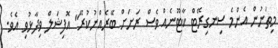
މިތަނުން އެންމެ ސިނގިރޭޓް ކާޓޫނެއް ވެސް ރަށަށް ބޭރެއްނުކުރޭ" އޮފިޝަލް ވިދާޅުވި އެވެ.